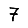
Digit: 7